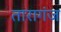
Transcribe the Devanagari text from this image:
तारागंज